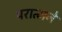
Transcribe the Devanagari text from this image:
परात्मने